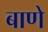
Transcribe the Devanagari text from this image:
बाणे